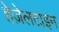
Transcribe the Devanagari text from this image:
हेज़ेलटाइन